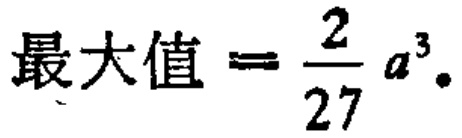
最大值 = \(\frac{2}{27}a^{3}\)